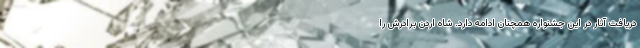
دریافت آثار در این جشنواره همچنان ادامه دارد. شاه اردن برادرش را